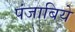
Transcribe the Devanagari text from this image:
पंजाबिये